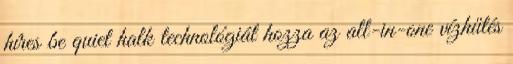
híres be quiet halk technológiát hozza az all-in-one vízhűtés